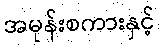
အမုန်းစကားနှင့်